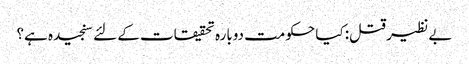
بے نظیر قتل: کیا حکومت دوبارہ تحقیقات کے لئے سنجیدہ ہے؟